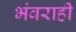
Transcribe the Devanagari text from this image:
भंवराही